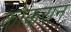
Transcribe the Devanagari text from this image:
कोकरान